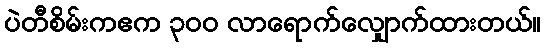
ပဲတီစိမ်းကဧက ၃ဝဝ လာရောက်လျှောက်ထားတယ်။